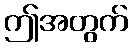
ဤအတွက်